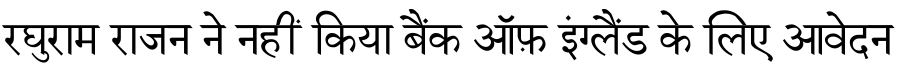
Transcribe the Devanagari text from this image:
रघुराम राजन ने नहीं किया बैंक ऑफ़ इंग्लैंड के लिए आवेदन